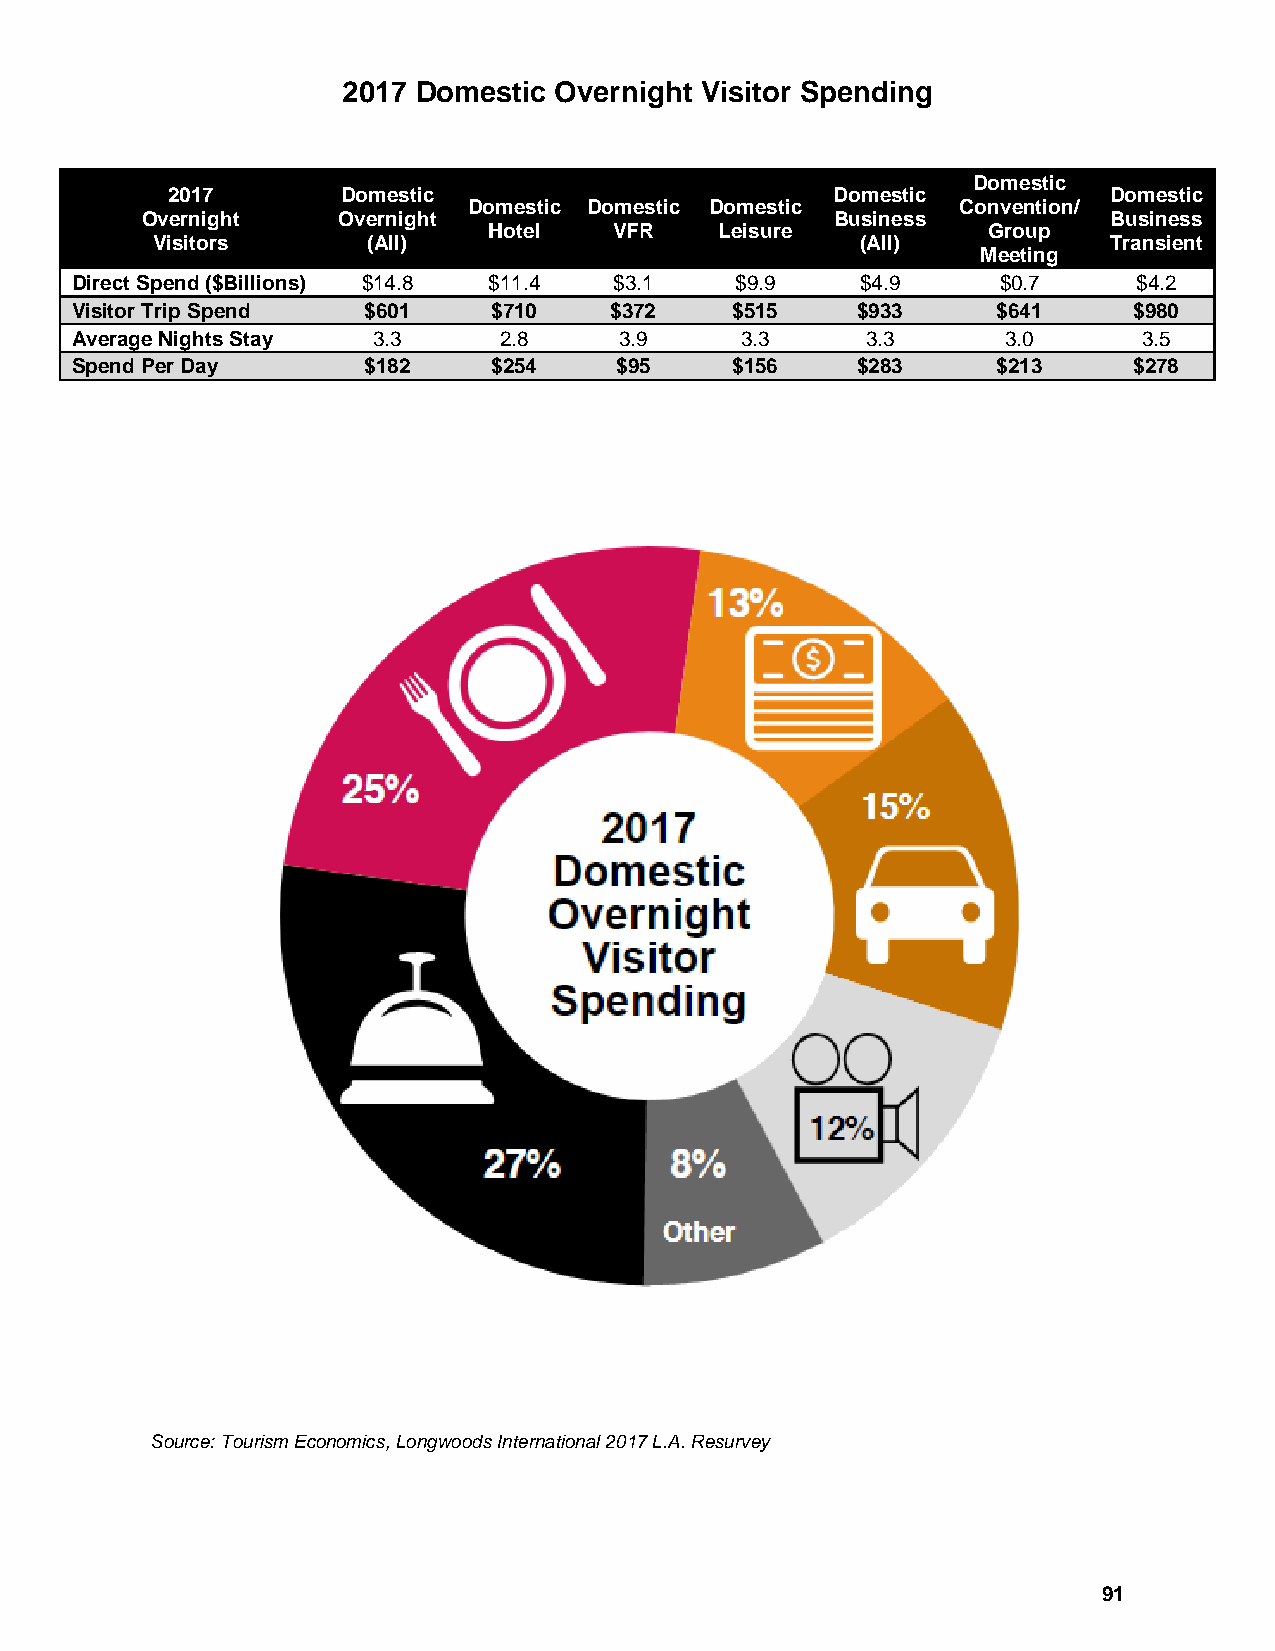
2017 Domestic Overnight Visitor Spending
 Domestic
 2017        Domestic                        Domestic          Domestic
 Domestic Domestic Domestic       Convention/
 Overnight    Overnight                        Business           Business
 Hotel    VFR    Leisure          Group
 Visitors      (All)                            (All)           Transient
 Meeting
 Direct Spend ($Billions) $14.8 $11.4 $3.1   $9.9    $4.9     $0.7     $4.2
 Visitor Trip Spend $601     $710   $372    $515     $933     $641     $980
 Average Nights Stay 3.3     2.8     3.9     3.3     3.3       3.0      3.5
 Spend Per Day      $182     $254    $95    $156     $283     $213     $278
 Source: Tourism Economics, Longwoods International 2017 L.A. Resurvey
 91